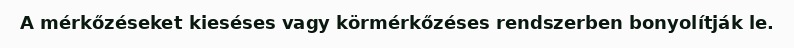
A mérkőzéseket kieséses vagy körmérkőzéses rendszerben bonyolítják le.